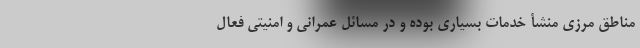
مناطق مرزی منشأ خدمات بسیاری بوده و در مسائل عمرانی و امنیتی فعال